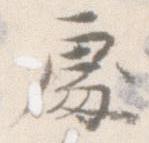
処